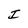
Character: I